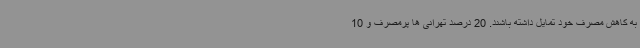
به کاهش مصرف خود تمایل داشته باشند. 20 درصد تهرانی ها پرمصرف و 10